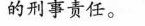
的刑事责任。